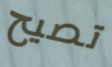
تصيح